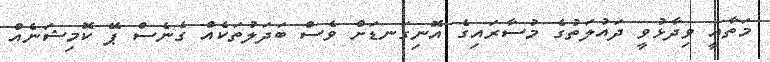
މަތާއީ ވިދާޅުވީ ދައުލަތުގެ މުސާރައިގެ އޮނިގަނޑަށް ވެސް ބަދަލުތަކެއް ގެނެސް ޕޭ ކޮމިޝަނެއް